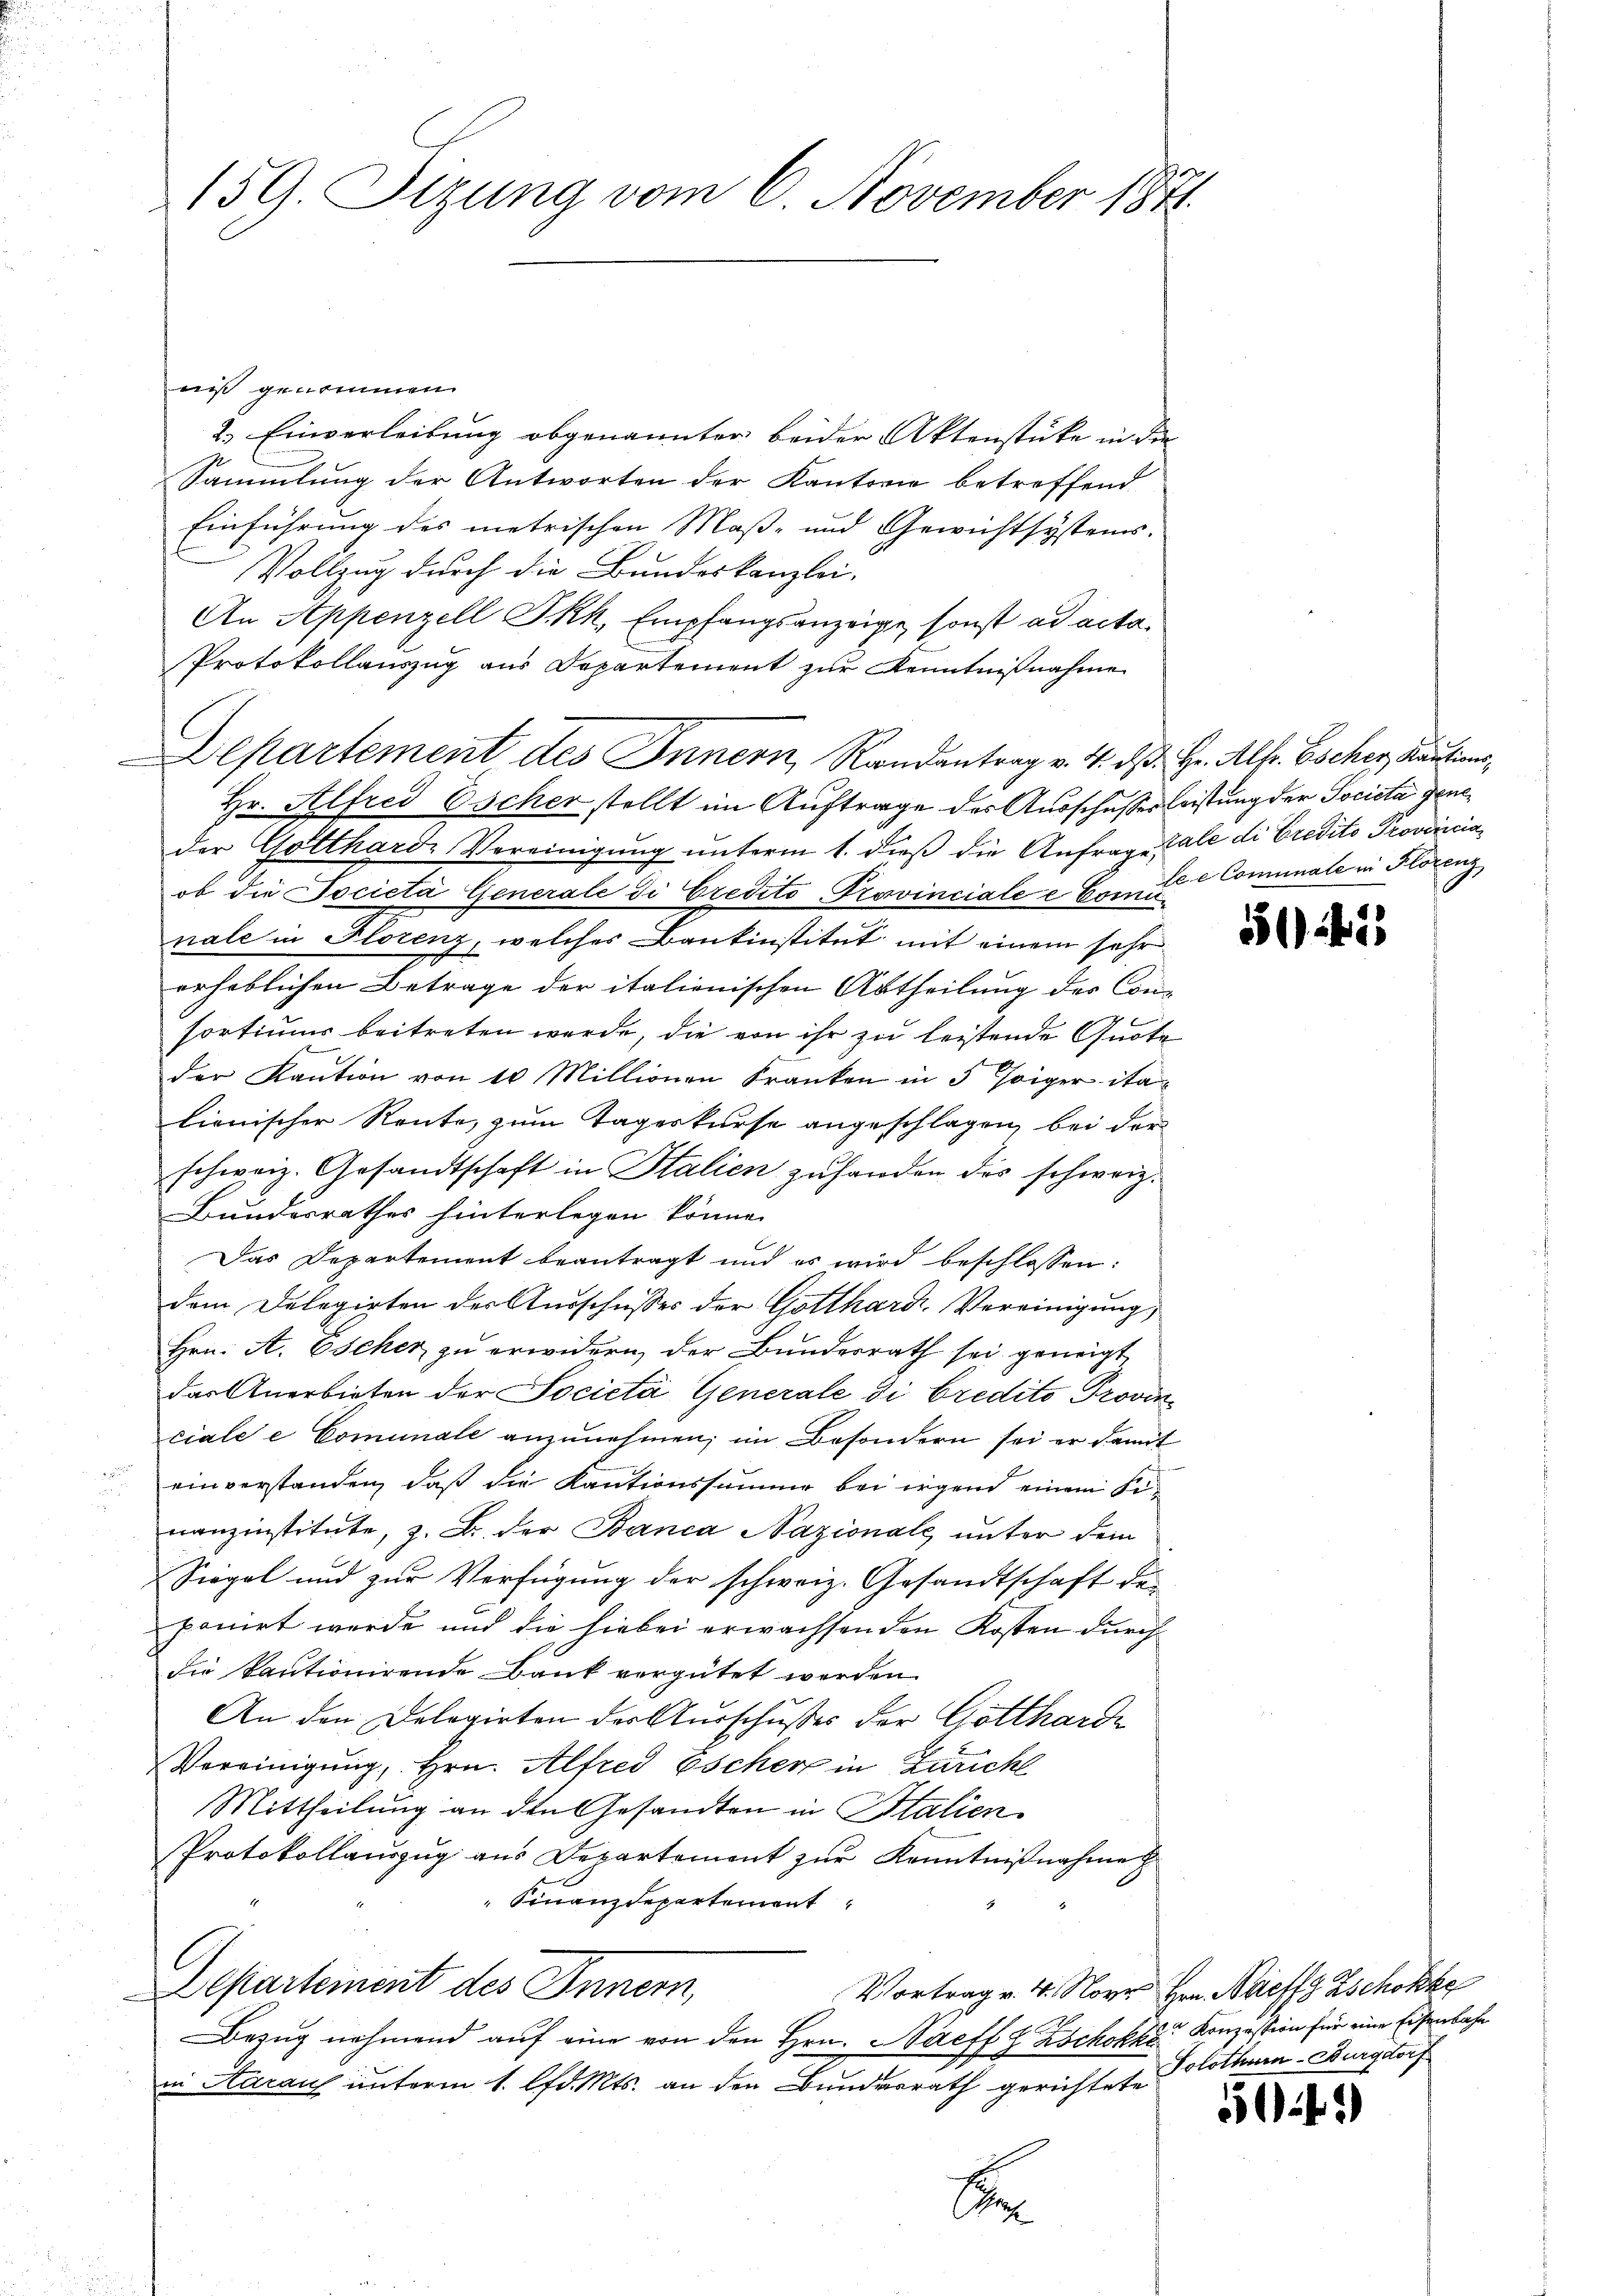
159. Sizung vom 6. November 1871.

niß genommen.
2. Einverleibung obgenannter beider Aktenstücke in die
Sammlung der Antworten der Kantorie betreffend
Einführung des metrischen Maß- und Gewichtsystems.
Vollzug durch die Bundeskanzlei-
An Appenzell I.Rh., Empfangsanzeige, sonst ad acta.
Protokollauszug aus Departement zur Kenntnißnahme
Departement des Innern, Randantrag v. 4. ds. Hr. Alb. Escher, Kautions,
Hr. Alfred Escher stellt im Auftrage des Ausschusses leistung der Societa Geneder Gottharde Vereinigung unterm 1. dieß die Anfrage tale di Credito Provincia
ob die Società Generale di Credito Provinciale e Comte Comunale in Florenz
nale in Florenz, welches Bankinstitut mit einem sehr
erheblichen Betrage der italienischen Abtheilung des Consortiums beitreten werde, die von ihr zu leistende Quote
der Kaŭtion von 10 Millionen Franken in 5 Joiger ita
lienischer Rente, zum Tageskurse angeschlagen, bei der
schweiz. Gesandtschaft in Italien zu handen des schweiz.
Bundesrathes hinterlegen könne.
Das Departement beantragt und es wird beschlossen:
dem Delegirten der Ausschusses der Gotthard-Vereinigung,
Hrn. A. Escher zu erwidern, der Bundesrath sei geneigt,
das Anerbieten der Società Generale di Credito Provin
ciale e Comunale anzunehmen; im Besondern sei er damit
einverstanden, daß die Kautionssumme bei irgend einem Finanzinstitute, z. B. der Banca Nazionale unter dem
Siegel und zur Verfügung der schweiz. Gesandtschaft der
ponirt werde und die hiebei erwachsenden Kosten durch
die kautionirende Bank vergütet werden.
An den Delegirten der Ausschußes der Gottharde
Vereinigung, Hrn. Alfred Escher in Zürich
Mittheilung an den Gesandten in Italien
Protokollauszug aus Departement zur Kenntnißnahme
 Finanzdepartement
Departement des Innern,
Vortrag v. 4. Nove Hrn. Neffz Zschokke
Bezug nehmend auf eine von den Hrn. Naeff E. Zschokke Konzession für eine Eisenbahn
in Aaraus unterm 1. lfd. Mts. an den Bundesrath gerichtete
E

51413

Solothurn-Burgdorf

52)